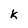
Character: k